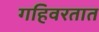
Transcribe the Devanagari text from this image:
गहिवरतात